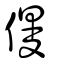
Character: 僈